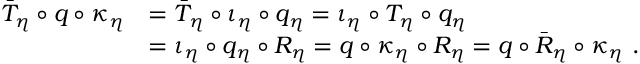
\begin{array} { r l } { \bar { T } _ { \eta } \circ q \circ \kappa _ { \eta } } & { = \bar { T } _ { \eta } \circ \iota _ { \eta } \circ q _ { \eta } = \iota _ { \eta } \circ T _ { \eta } \circ q _ { \eta } } \\ & { = \iota _ { \eta } \circ q _ { \eta } \circ R _ { \eta } = q \circ \kappa _ { \eta } \circ R _ { \eta } = q \circ \bar { R } _ { \eta } \circ \kappa _ { \eta } \ . } \end{array}